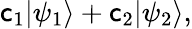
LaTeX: \mathsf{c}_{1}|\psi_{1}\rangle+\mathsf{c}_{2}|\psi_{2}\rangle,